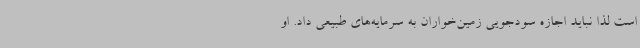
است لذا نباید اجازه سودجویی زمین‌خواران به سرمایه‌های طبیعی داد. او